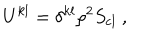
U ^ { k l } = \delta ^ { k l } \rho ^ { 2 } S _ { \mathrm { c l } } \ ,